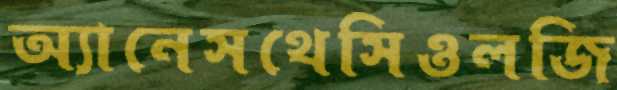
অ্যানেসথেসিওলজি